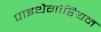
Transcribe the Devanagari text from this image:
पाइथैगोरियन